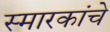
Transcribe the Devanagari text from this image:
स्‍मारकांचे